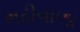
મઢીવાળા